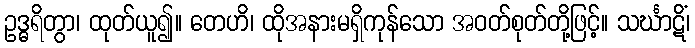
ဥဒ္ဓရိတွာ၊ ထုတ်ယူ၍။ တေဟိ၊ ထိုအနားမရှိကုန်သော အဝတ်စုတ်တို့ဖြင့်။ သင်္ဃာဋိံ၊